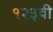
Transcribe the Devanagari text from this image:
१२३वी